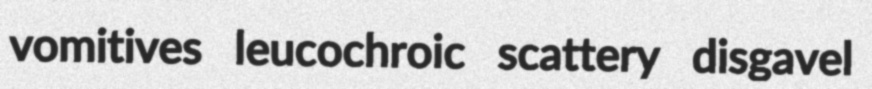
vomitives leucochroic scattery disgavel